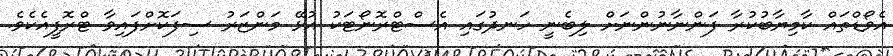
އެވޯޑްތައް ކާމިޔާބުކުރާ ފަންނާނުންނަށް ލިބެނީ ހަނދުގައި އެސްޓްރޮނޯޓަކު އުޅޭ މަންޒަރު ސިފަކޮށްފައިވާ ޓްރޮފީއެކެވެ.